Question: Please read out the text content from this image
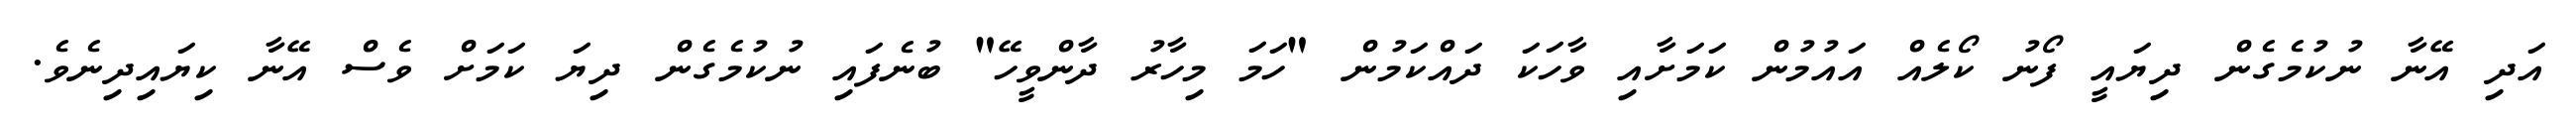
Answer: އަދި އޭނާ ނުކުމެގެން ދިޔައީ ފޯނު ކޯލެއް އައުމުން ކަމަށާއި ވާހަކަ ދައްކަމުން "ހަމަ މިހާރު ދާންވީހޭ" ބުނެފައި ނުކުމެގެން ދިޔަ ކަމަށް ވެސް އޭނާ ކިޔައިދިނެވެ.